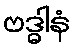
ဗဒ္ဓါနံ